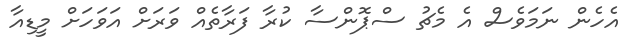
އެހެން ނަމަވެސް އެ މެޗު ސްޕޮންސާ ކުރާ ފަރާތެއް ވަރަށް އަވަހަށް މީޑިއާ